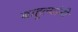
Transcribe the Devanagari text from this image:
बाहुल्यांनी